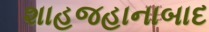
શાહજહાનાબાદ